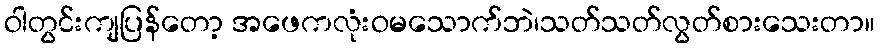
ဝါတွင်းကျပြန်တော့ အဖေကလုံးဝမသောက်ဘဲ၊သတ်သတ်လွတ်စားသေးတာ။